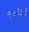
૧૦૫૩